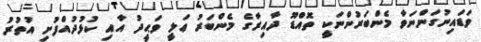
ވަޑައިނުގަންނަވާ މެންބަރުންނަކީ ތޮއްޑޫ ދާއިރާގެ މެންބަރު ޢަލީ ވަޙީދު އާއި ކުޅުދުއްފުށި އުތުރު